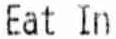
EAT IN